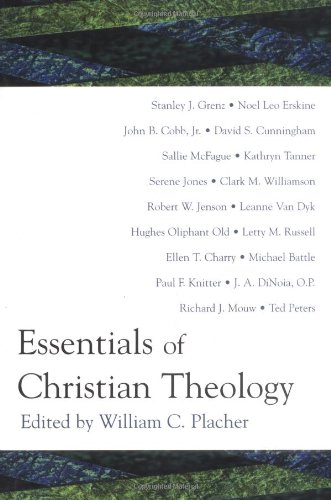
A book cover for Essentials of Christian Theology; Christian Books & Bibles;